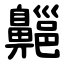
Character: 齆